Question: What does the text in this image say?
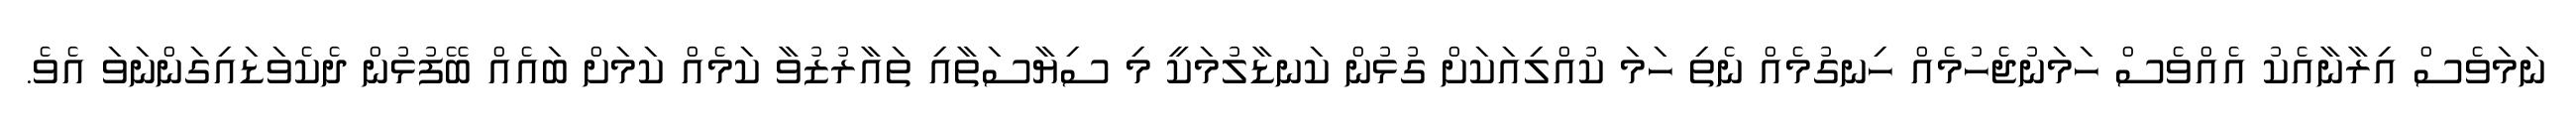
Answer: ނަމަވެސް އިރާނާއެކު އެއްވެސް ހަމަނުޖެހުމެއް ހިނގުމެއް ނެތި ހަމަ ކުއްލިއަކަށް ގުޅުން ކަނޑާލުމަކީ މި ސިޔާސަތާއި ތައާރުޒުވާ ކަމެއް ކަމަށް ބައެއް ބޭފުޅުން ދެކެވަޑައިގަންނަވަ އެވެ.